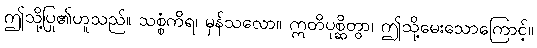
ဤသို့ပြု၏ဟူသည်။ သစ္စံကိရ၊ မှန်သလော။ ဣတိပုစ္ဆိတွာ၊ ဤသို့မေးသောကြောင့်။